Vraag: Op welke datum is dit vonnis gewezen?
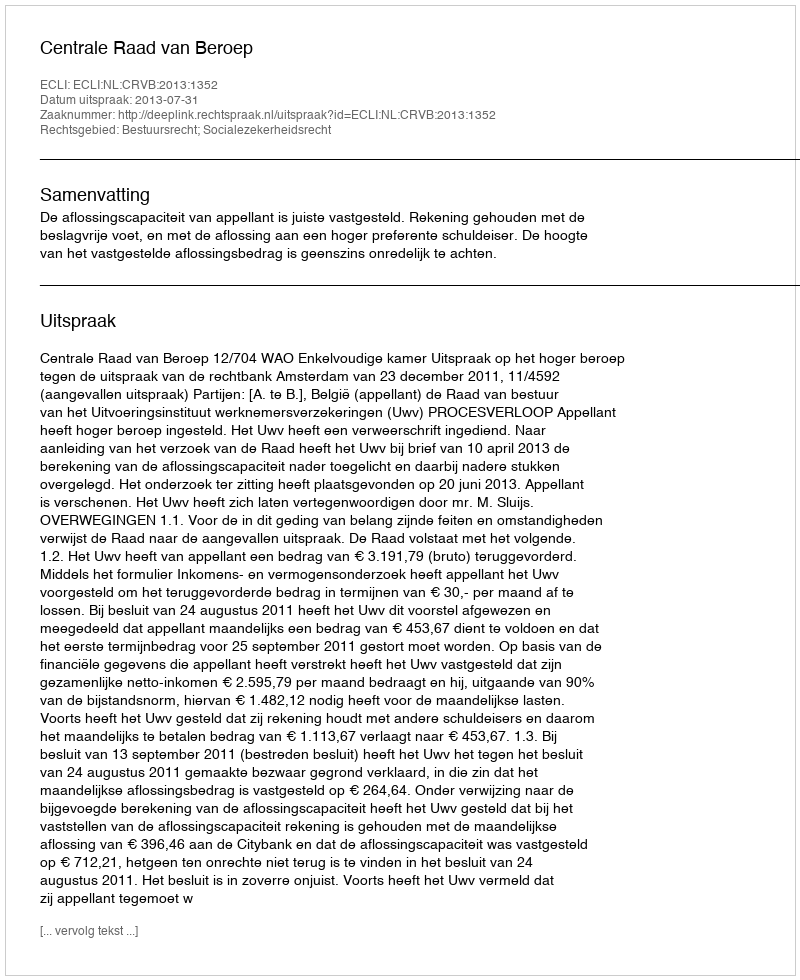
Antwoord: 2013-07-31